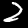
Label: 2